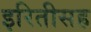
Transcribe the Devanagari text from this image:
इरितीसह